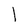
Character: 1